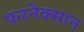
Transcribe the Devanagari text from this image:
फरनेक्सान